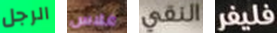
الرجل غلاس النقي فليفر